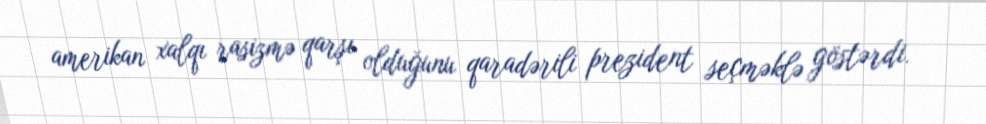
amerikan xalqı rasizmə qarşı olduğunu qaradərili prezident seçməklə göstərdi.